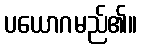
ပယောဂမည်၏။